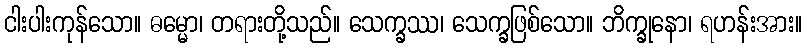
ငါးပါးကုန်သော။ ဓမ္မော၊ တရားတို့သည်။ သေက္ခဿ၊ သေက္ခဖြစ်သော။ ဘိက္ခုနော၊ ရဟန်းအား။